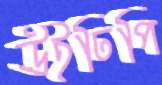
উইঢিপি